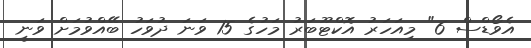
އެވޯޑްސް 6" މިއަހަރު އޮކްޓޫބަރު މަހުގެ 15 ވަނަ ދުވަހު ބޭއްވުމަށް ވަނީ